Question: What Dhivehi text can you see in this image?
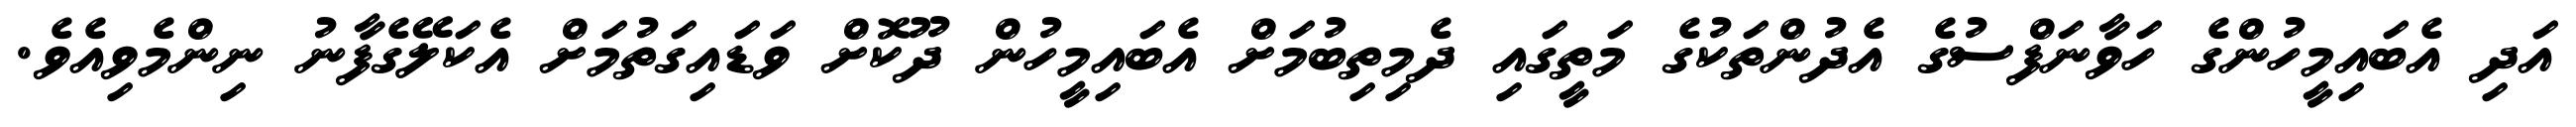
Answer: އަދި އެބައިމީހުންގެ ހަވާނަފްސުގެ އެދުންތަކުގެ މަތީގައި ދެމިތިބުމަށް އެބައިމީހުން ދޫކޮށް ވަޑައިގަތުމަށް އެކަލޭގެފާނު ނިންމެވިއެވެ.